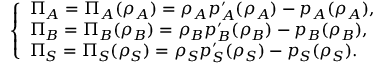
\left\{ \begin{array} { l l } { \Pi _ { A } = \Pi _ { A } ( \rho _ { A } ) = \rho _ { A } p _ { A } ^ { \prime } ( \rho _ { A } ) - p _ { A } ( \rho _ { A } ) , } \\ { \Pi _ { B } = \Pi _ { B } ( \rho _ { B } ) = \rho _ { B } p _ { B } ^ { \prime } ( \rho _ { B } ) - p _ { B } ( \rho _ { B } ) , } \\ { \Pi _ { S } = \Pi _ { S } ( \rho _ { S } ) = \rho _ { S } p _ { S } ^ { \prime } ( \rho _ { S } ) - p _ { S } ( \rho _ { S } ) . } \end{array} \right.